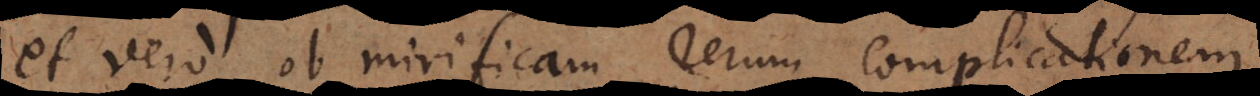
et vero ob mirificam rerum complicationem,